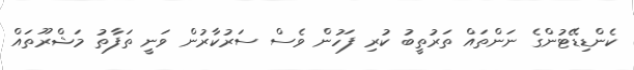
ކެންޑިޑޭޓުންގެ ނަންތައް ތަރުތީބު ކުރި ފަހުން ވެސް ސަރުކާރުން ވަނީ ތަފާތު މަޝްރޫތައް